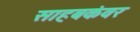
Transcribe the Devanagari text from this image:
साहबकंवर